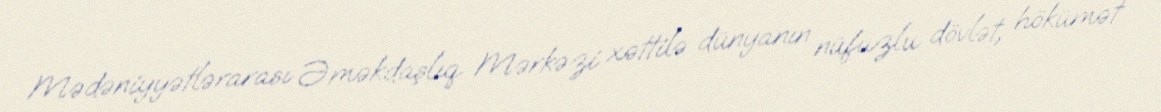
Mədəniyyətlərarası Əməkdaşlıq Mərkəzi xəttilə dünyanın nüfuzlu dövlət, hökümət